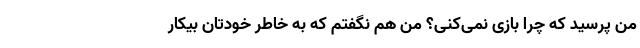
من پرسید که چرا بازی نمی‌کنی؟ من هم نگفتم که به خاطر خودتان بیکار